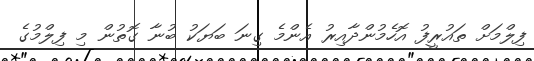
ފިލްމަށް ތައުރީފު އޮހެމުންދާއިރު އެންމެ ގިނަ ބަޔަކު ބުނާ ގޮތުން މި ފިލްމުގެ